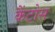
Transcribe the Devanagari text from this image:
कैंटोस